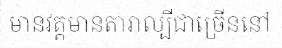
មានវត្តមានតារាល្បីជាច្រើននៅ